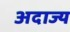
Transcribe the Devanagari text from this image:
अदाज्य